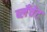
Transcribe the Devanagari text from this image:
ब्लॅंचेट